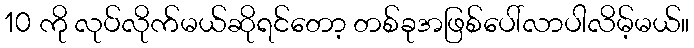
10 ကို လုပ်လိုက်မယ်ဆိုရင်တော့ တစ်ခုအဖြစ်ပေါ်လာပါလိမ့်မယ်။